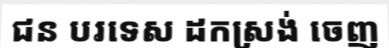
ជន បរទេស ដកស្រង់ ចេញ